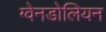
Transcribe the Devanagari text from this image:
ग्वेनडोलियन